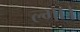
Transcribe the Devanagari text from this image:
ल्गा।